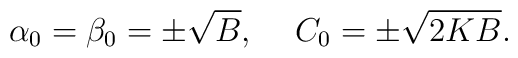
\alpha_0=\beta_0=\pm\sqrt{B},\hspace*{5mm}C_0=\pm\sqrt{2KB}.